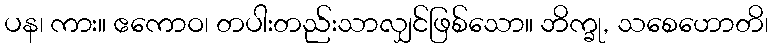
ပန၊ ကား။ ဧကောဝ၊ တပါးတည်းသာလျှင်ဖြစ်သော။ ဘိက္ခု, သစေဟောတိ၊